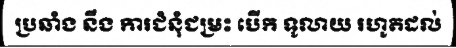
ប្រឆាំង នឹង ការជំនុំជម្រះ បើក ទូលាយ រហូតដល់